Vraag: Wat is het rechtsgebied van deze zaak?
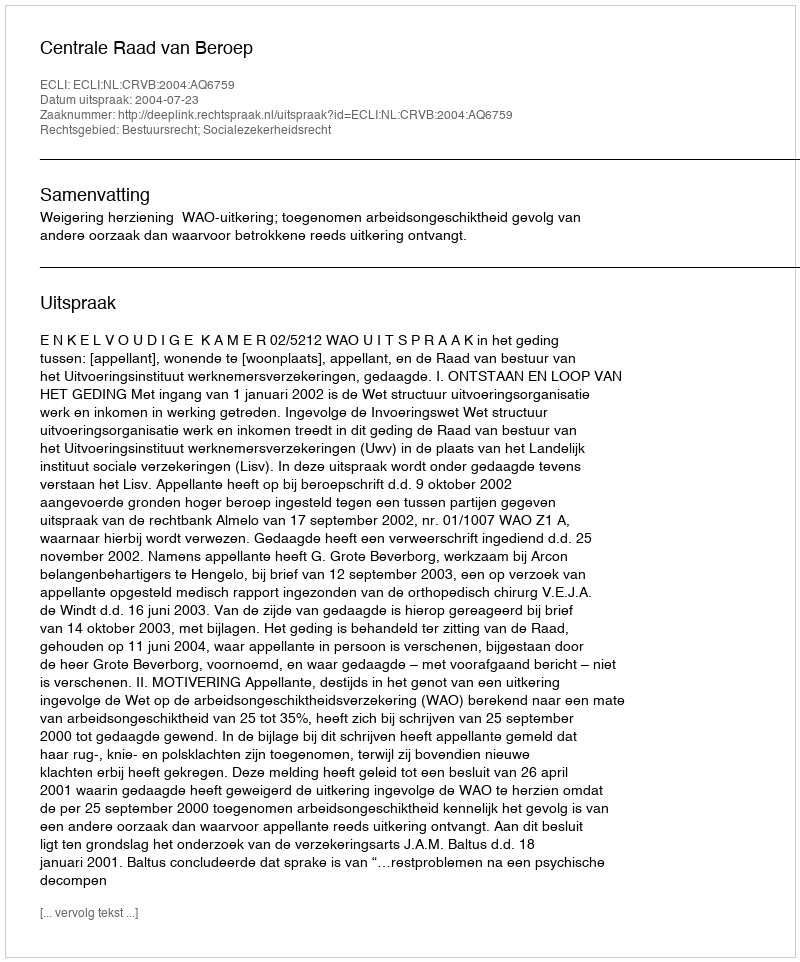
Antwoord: Bestuursrecht; Socialezekerheidsrecht